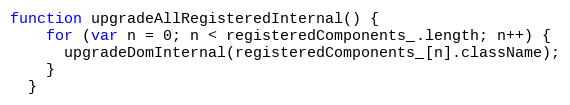
Language: JavaScript
function upgradeAllRegisteredInternal() {
    for (var n = 0; n < registeredComponents_.length; n++) {
      upgradeDomInternal(registeredComponents_[n].className);
    }
  }